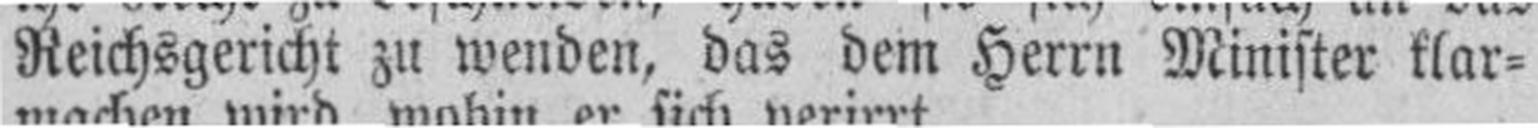
Reichsgericht zu wenden, das dem Herrn Minister klar¬